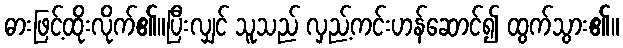
ဓားဖြင့်ထိုးလိုက်၏။ပြီးလျှင် သူသည် လှည့်ကင်းဟန်ဆောင်၍ ထွက်သွား၏။